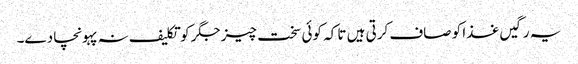
یہ رگیں غذا کو صاف کرتی ہیں تا کہ کوئی سخت چیز جگر کو تکلیف نہ پہونچا دے۔